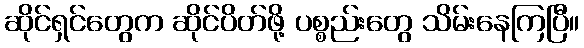
ဆိုင်ရှင်တွေက ဆိုင်ပိတ်ဖို့ ပစ္စည်းတွေ သိမ်းနေကြပြီ။